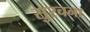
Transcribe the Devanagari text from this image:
सुरचना